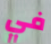
في